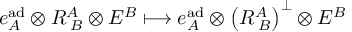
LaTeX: e _ { A } ^ { \mathrm { a d } } \otimes R _ { \; B } ^ { A } \otimes E ^ { B } \longmapsto e _ { A } ^ { \mathrm { a d } } \otimes \left( R _ { \; B } ^ { A } \right) ^ { \perp } \otimes E ^ { B }